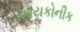
આયકોનીક